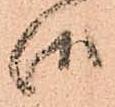
御